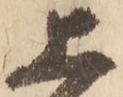
上